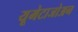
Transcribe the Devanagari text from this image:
यूमेटाजोअन